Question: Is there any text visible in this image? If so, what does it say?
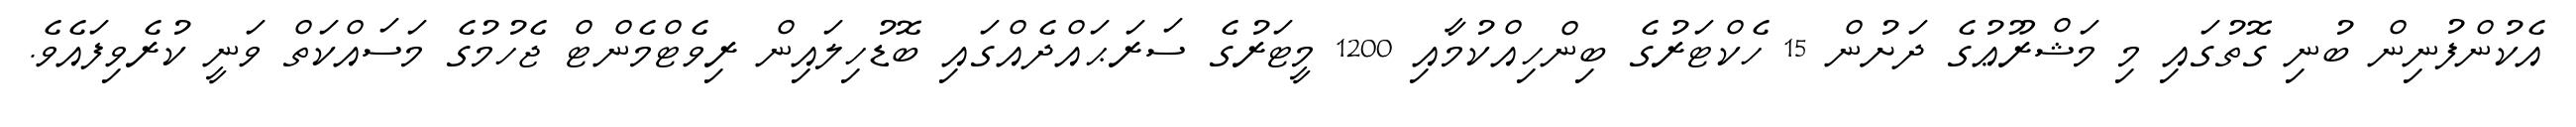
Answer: އެކުންފުނިން ބުނި ގޮތުގައި މި މަޝްރޫޢުގެ ދަށުން 15 ހެކްޓަރުގެ ބިންހިއްކުމާއި 1200 މީޓަރުގެ ސަރަޙައްދެއްގައި ބޮޑުހިލައިން ރިވެޓްމެންޓް ޖެހުމުގެ މަސައްކަތް ވަނީ ކުރެވިފައެވެ.